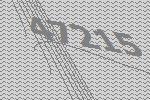
47215